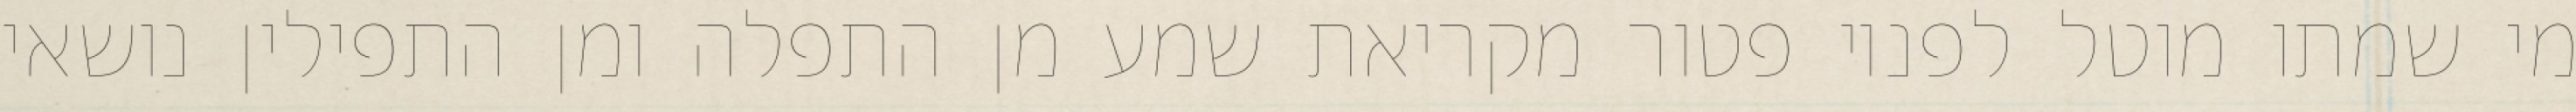
מי שמתו מוטל לפניו פטור מקריאת שמע מן התפלה ומן התפילין נושאי